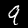
Label: 9